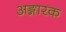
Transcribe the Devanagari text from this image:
अङ्गारक